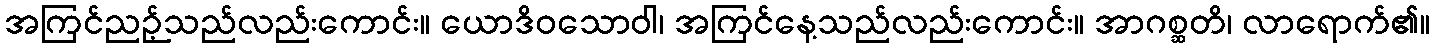
အကြင်ညဉ့်သည်လည်းကောင်း။ ယောဒိဝသောဝါ၊ အကြင်နေ့သည်လည်းကောင်း။ အာဂစ္ဆတိ၊ လာရောက်၏။